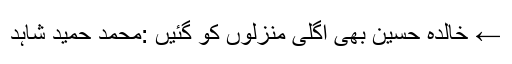
← خالدہ حسین بھی اگلی منزلوں کو گئیں :محمد حمید شاہد